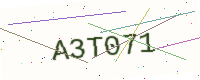
Text: A3T071